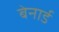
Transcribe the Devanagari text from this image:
बेनार्ड